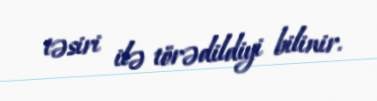
təsiri ilə törədildiyi bilinir.